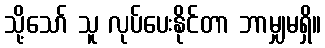
သို့သော် သူ လုပ်ပေးနိုင်တာ ဘာမျှမရှိ။